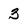
Character: 3